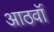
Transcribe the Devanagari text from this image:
आठवॉं